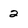
Character: 2